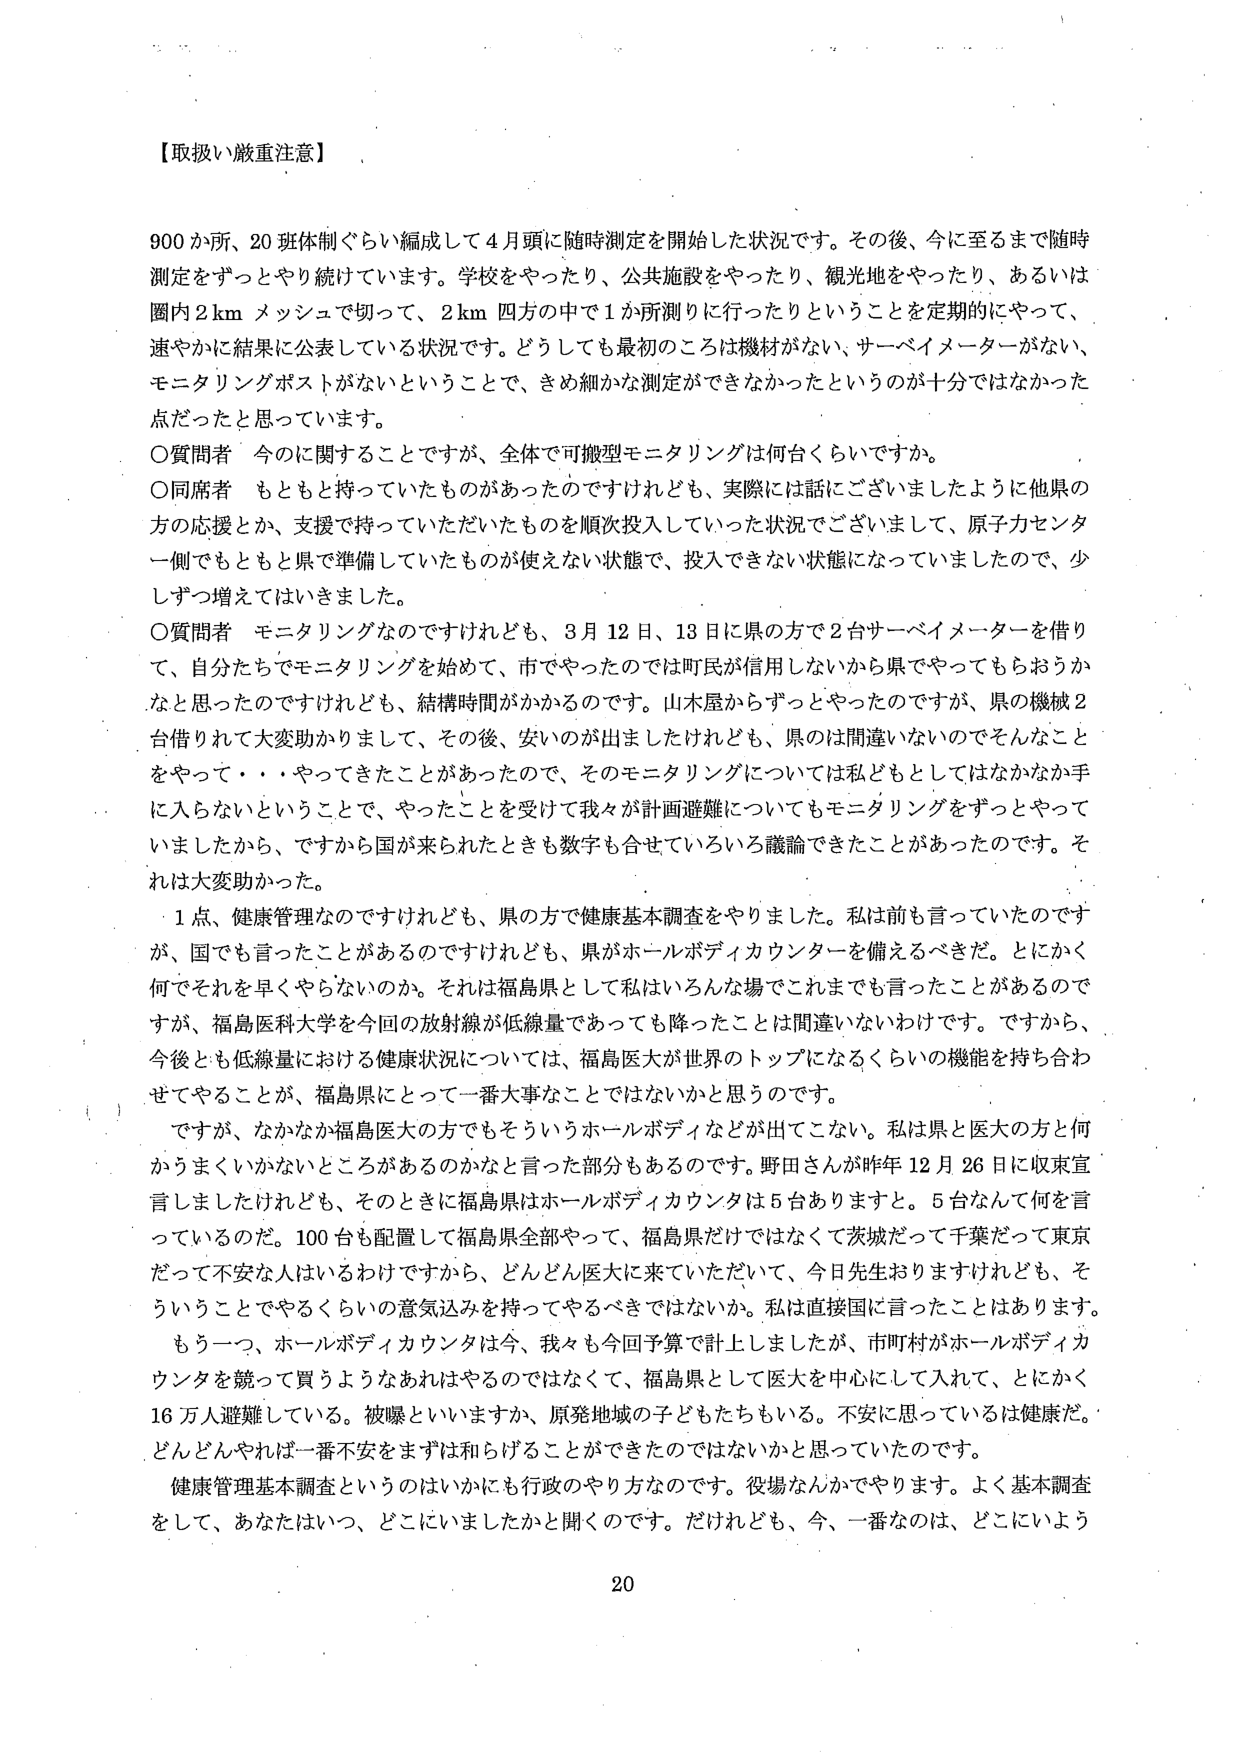
【取扱い厳重注意】

900か所、20班体制ぐらい編成して4月頭に随時測定を開始した状況です。その後、今に至るまで随時測定をずっとやり続けています。学校をやったり、公共施設をやったり、観光地をやったり、あるいは圏内2kmメッシュで切って、2km四方の中で1か所測りに行ったりということを定期的にやって、速やかに結果に公表している状況です。どうしても最初のころは機材がない、サーベイメーターがない、モニタリングポストがないということで、きめ細かな測定ができなかったというのが十分ではなかった点だったと思っています。

○質問者　今のことに関するのですが、全体で可搬型モニタリングは何台くらいですか。

○同席者　もともと持っていたものがあったのですけれども、実際には話にございましたように他県の方の応援とか、支援で持っていただいたものを順次投入していった状況でございまして、原子力センター側でももともと県で準備していたものが使えない状態で、投入できない状態になっていましたので、少しずつ増えてはいきました。

○質問者　モニタリングなのですが、3月12日、13日に県の方で2台サーベイメーターを借りて、自分たちでモニタリングを始めて、市でやったのでは町民が信用しないから県でやってもらおうかなと思ったのですけれども、結構時間がかかるのです。山木屋からずっとやったのですが、県の機械2台借りられて大変助かりまして、その後、安いのが出ましたけれども、県のは間違いないのでそんなことをやって・・・やってきたことがあったので、そのモニタリングについては私どもとしてはなかなか手に入らないということで、やったことを受けて我々が計画避難についてもモニタリングをずっとやっていましたから、ですから国が来られたときも数字も合せていろいろ議論できたことがあったのです。それは大変助かった。

1点、健康管理なのですが、県の方で健康基本調査をやりました。私は前も言っていたのですが、国でも言ったことがあるのですけれども、県がホールボディカウンターを備えるべきだ。とにかく何でそれを早くやらないのか。それは福島県として私はいろんな場でこれまでも言ったことがあるのですが、福島医科大学今回の放射線が低線量であっても降ったことは間違いないわけです。ですから、今後とも低線量における健康状況については、福島医大が世界のトップになるくらいの機能を持ち合わせてやることが、福島県にとって一番大事なことではないかと思うのです。

ですが、なかなか福島医大の方でもそういうホールボディなどが出てこない。私は県と医大の方と何がうまくいかないところがあるのかなと言った部分もあるのです。野田さんが昨年12月26日に収束宣言しましたけれども、そのときに福島県はホールボディカウンターは5台ありますと。5台なんて何を言っているのだ。100台も配置して福島県全部やって、福島県だけではなくて茨城だって千葉だって東京だって不安な人はいるわけですから、どんどん医大に来ていただいて、今日先生おりますけれども、そういうことでやるくらいの意気込みを持ってやるべきではないか。私は直接国に言ったことはあります。

もう一つ、ホールボディカウンターは今、我々も今回予算で計上しましたが、市町村がホールボディカウンターを競って買うようなあれはやるのではなくて、福島県として医大を中心に入れて、とにかく16万人避難している。被曝といいますか、原発地域の子どもたちもいる。不安に思っているのは健康だ。どんどんやれば一番不安をまずは和らげることができたのではないかと思っていたのです。

健康管理基本調査というのはいかにも行政のやり方なのです。役場なんかでやります。よく基本調査をして、あなたはいつ、どこにいましたかと聞くのです。だけれども、今、一番なのは、どこにいよう

20